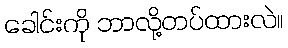
ခေါင်းကို ဘာလို့တပ်ထားလဲ။